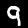
Digit: 9